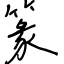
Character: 篆